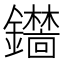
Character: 𫓞